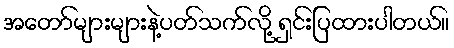
အတော်များများနဲ့ပတ်သက်လို့ ရှင်းပြထားပါတယ်။